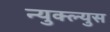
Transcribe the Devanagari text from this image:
न्युक्ल्युस